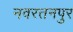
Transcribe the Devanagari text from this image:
नवरतनपुर